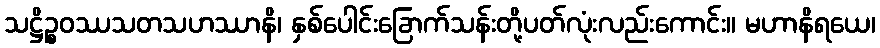
သဋ္ဌိဉ္စဝဿသတသဟဿာနိ၊ နှစ်ပေါင်းခြောက်သန်းတို့ပတ်လုံးလည်းကောင်း။ မဟာနိရယေ၊